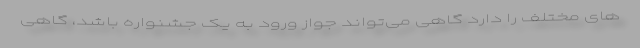
های مختلف را دارد گاهی می‌تواند جواز ورود به یک جشنواره باشد، گاهی